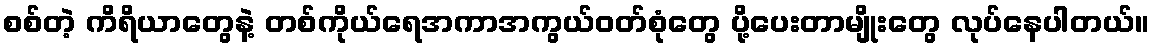
စစ်တဲ့ ကိရိယာတွေနဲ့ တစ်ကိုယ်ရေအကာအကွယ်ဝတ်စုံတွေ ပို့ပေးတာမျိုးတွေ လုပ်နေပါတယ်။